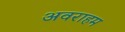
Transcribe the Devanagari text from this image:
अवराहम